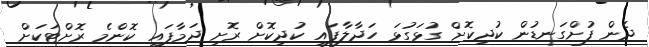
ދެން ފުށްގަނޑުން ކުދިކޮށް ގުޅަގުޅަ ހަދާލާފައި ކުދިކޮށް ރޮށި ދަމާފައި ކޮންމެ ރޮށްޓަކަށް